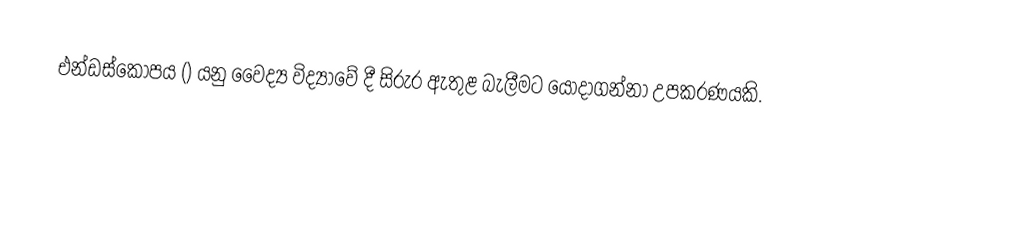
එන්ඩස්කෝපය () යනු වෛද්‍ය විද්‍යාවේ දී සිරුර ඇතුළ බැලීමට යොදාගන්නා උපකරණයකි.